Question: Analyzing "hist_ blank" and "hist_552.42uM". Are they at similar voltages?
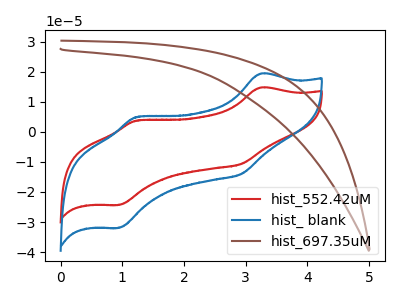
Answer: <think>The red curve "hist_552.42uM" has anodic peaks at (3.25V, 14.80uA) (1.25V, 3.75uA) and cathodic peaks at (2.95V, -10.60uA) (0.95V, -24.30uA). The blue curve "hist_ blank" has anodic peaks at (3.25V, 19.40uA) (1.25V, 4.95uA) and cathodic peaks at (2.95V, -13.95uA) (0.95V, -31.95uA). The brown curve "hist_697.35uM" has no peaks.
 All the peaks in "hist_ blank" have a peak in "hist_552.42uM" at the same potential. Every peak in "hist_ blank" is higher than every peak in "hist_552.42uM".</think>
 <answer>"hist_ blank" and "hist_552.42uM" are similar in shape.</answer>
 <eval>same_shape</eval>